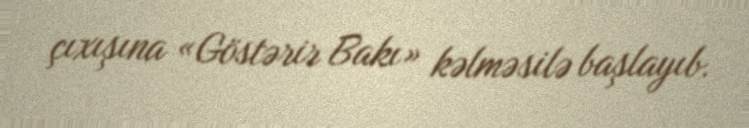
çıxışına «Göstərir Bakı» kəlməsilə başlayıb.